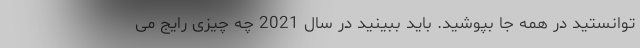
توانستید در همه جا بپوشید. باید ببینید در سال 2021 چه چیزی رایج می